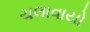
ચલાવાયો